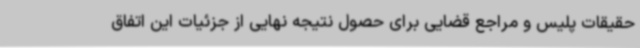
حقیقات پلیس و مراجع قضایی برای حصول نتیجه نهایی از جزئیات این اتفاق